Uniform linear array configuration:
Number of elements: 4
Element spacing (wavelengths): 1
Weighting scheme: uniform
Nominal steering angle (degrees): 15
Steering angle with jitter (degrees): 13.511
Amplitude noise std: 0.05
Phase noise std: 0.05

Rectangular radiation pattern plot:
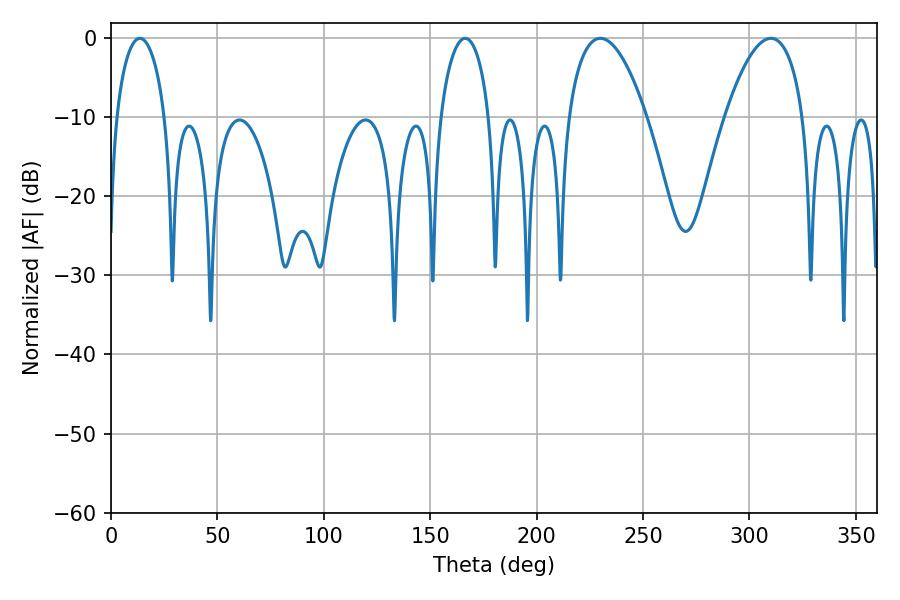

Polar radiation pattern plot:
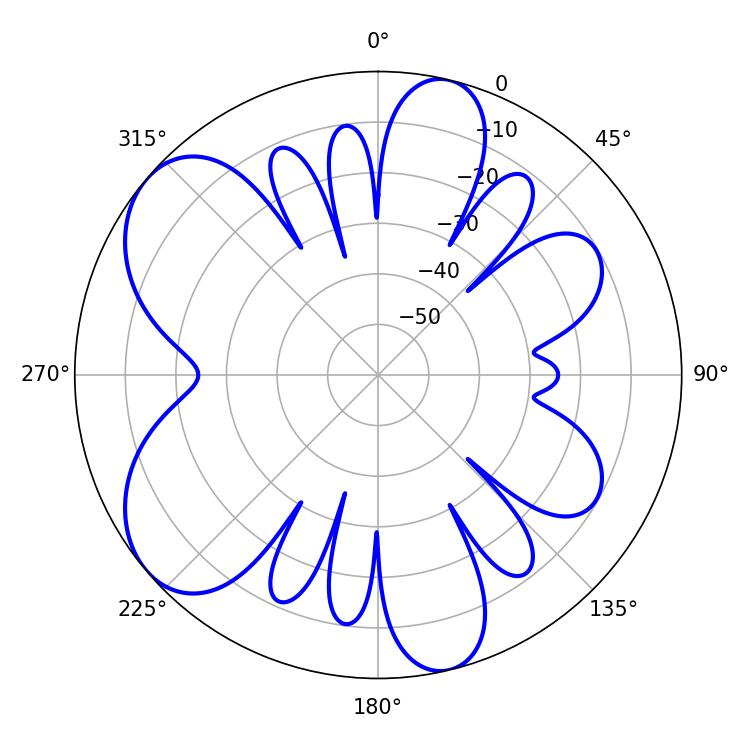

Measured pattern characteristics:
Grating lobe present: TRUE
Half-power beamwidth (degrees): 20.52
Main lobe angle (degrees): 229.86